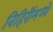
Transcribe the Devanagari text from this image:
विहिरींमध्ये